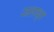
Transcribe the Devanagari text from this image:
जलावृत